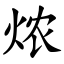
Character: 㶶